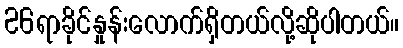
26ရာခိုင်နှုန်းလောက်ရှိတယ်လို့ဆိုပါတယ်။